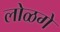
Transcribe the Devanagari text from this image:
लोळगे